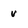
Character: v